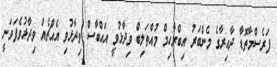
ފަރެސްމާތޮޑާ ދާއިރާގެ މެންބަރު އިބްރާހިމް މުއްތަލިބް ވިދާޅުވީ އައްބާސް ވިދާޅުވި އެއްޗެއް ވިދާޅުވެފަވަނީ